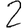
Digit: 2